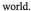
world.